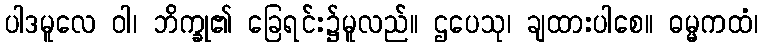
ပါဒမူလေ ဝါ၊ ဘိက္ခု၏ ခြေရင်း၌မူလည်။ ဌပေသု၊ ချထားပါစေ။ ဓမ္မကထံ၊